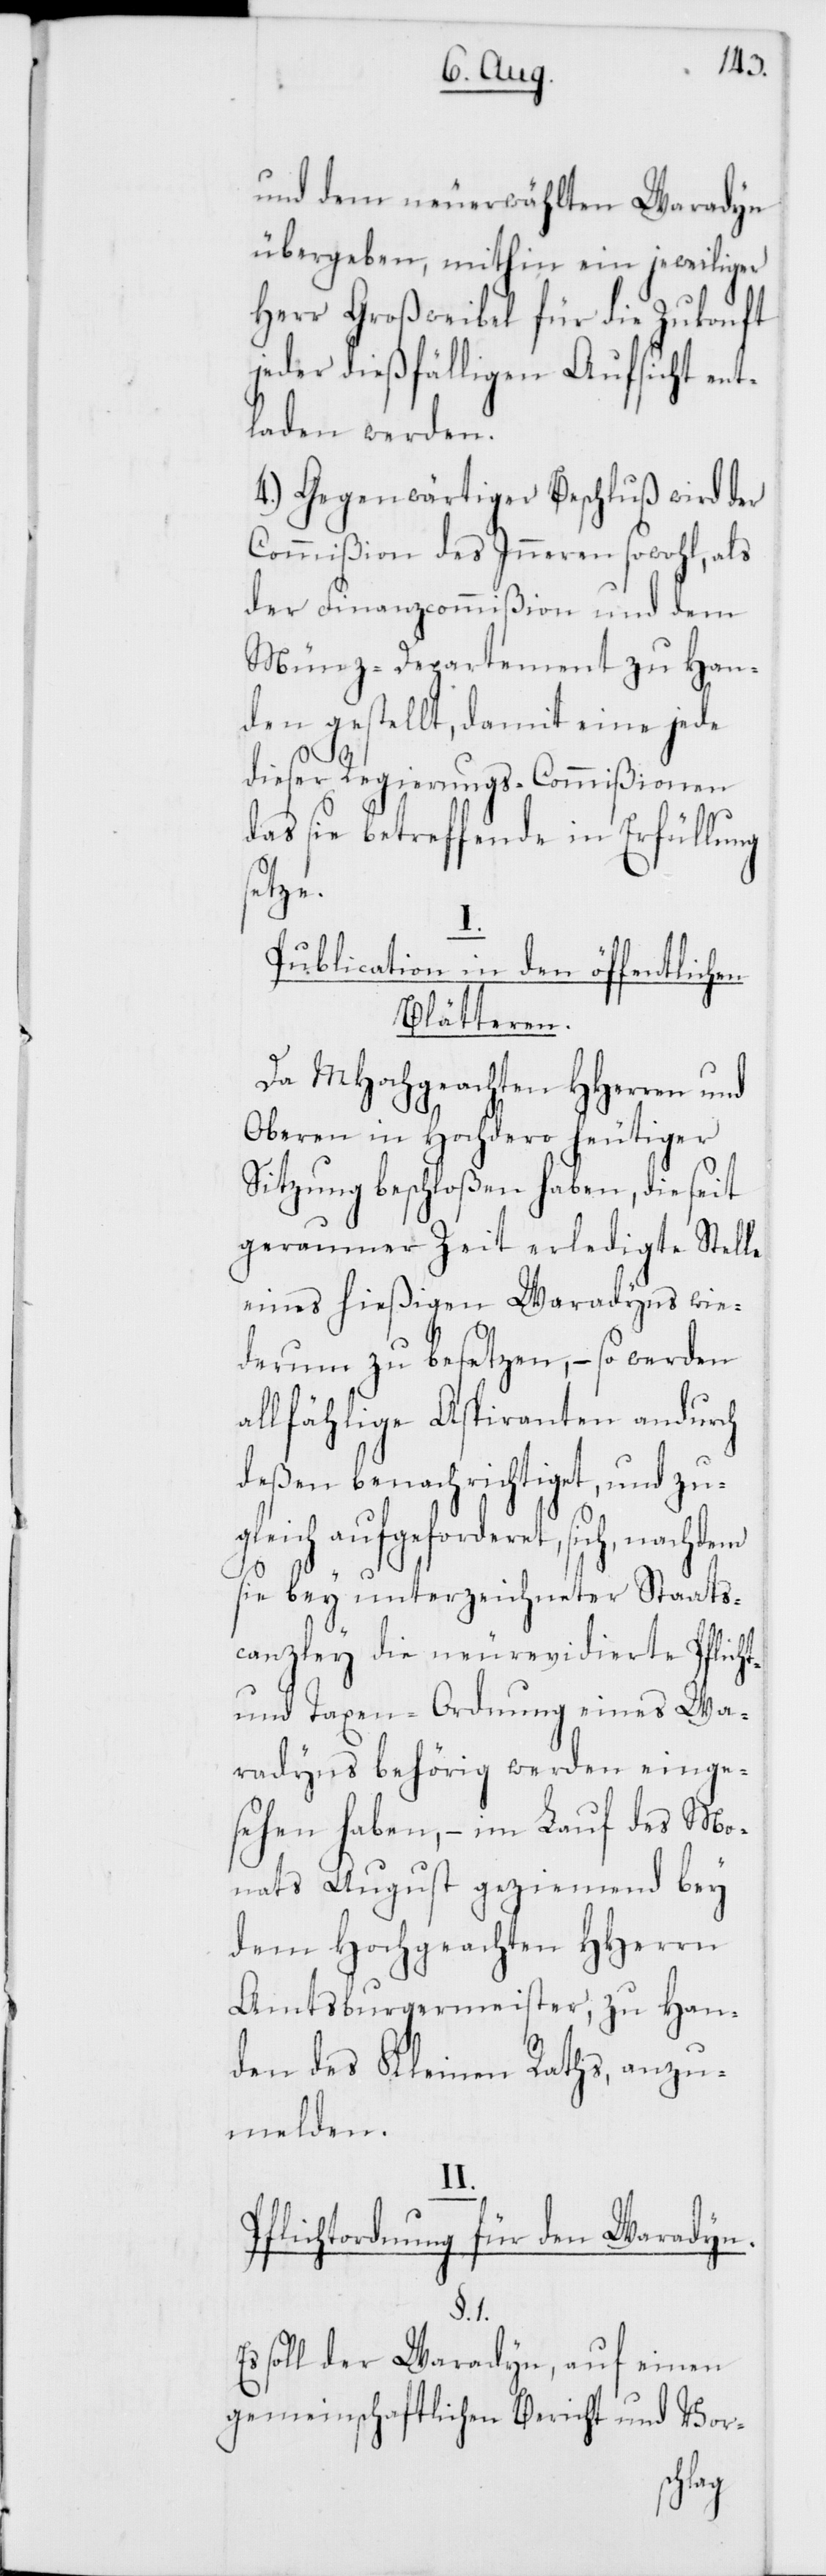
und dem neuerwählten Waradyn
übergeben, mithin ein jeweiliger
Herr Großweibel für die Zukonft
jeder dießfälligen Aufsicht ent¬
laden werden.
4.) Gegenwärtiger Beschluß wird der
Commißion des Inneren sowohl, als
der Finanzcommißion und dem
Münz-Departement zu Han¬
den gestellt, damit eine jede
dieser Regierungs-Commißionen
das sie Betreffende in Erfüllung
setze.
I.
Publication in den öffentlichen
Blätteren.
Da MHochgeachten HHerren und
Oberen in Hochdero heutiger
Sitzung beschloßen haben, die seit
geraumer Zeit erldigte Stelle
eines hießigen Waradyns wie¬
derum zu besetzen, – so werden
allfählige Aspiranten andurch
deßen benachrichtiget, und zu¬
gleich aufgeforderet, sich, nachdem
sie bey unterzeichneter Staats¬
canzley die neurevidierte Pflicht-
und Taxen-Ordnung eines Wa¬
radyns behörig werden einge¬
sehen haben, – im Lauf des Mo¬
nats August geziemend bey
dem Hochgeachten HHerrn
Amtsburgermeister zu Han¬
den des Kleinen Raths, anzu¬
melden.
II.
Pflichtordnung für den Waradyn.
§. 1.
Es soll der Waradyn, auf einen
gemeinschaftlichen Bericht und Vor-